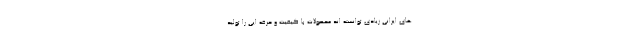
های ایرانی زیادی توانسته اند محصولات با کیفیت و حرفه ایی را تولید